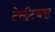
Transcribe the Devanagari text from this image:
टेसीट्यरा